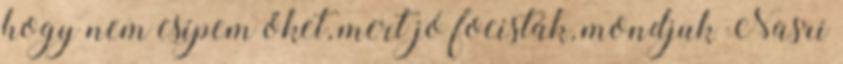
hogy nem csípem őket, mert jó focisták, mondjuk Nasri